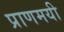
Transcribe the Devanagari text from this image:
प्राणमयी